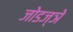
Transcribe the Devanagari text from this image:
जोडज्ञे